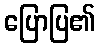
ပြောပြ၏